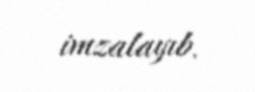
imzalayıb.